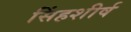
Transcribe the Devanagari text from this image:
सिंहशीर्ष